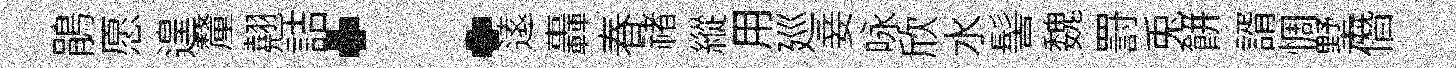
鵑愿遑釐翹詰：逺轟春禇縱用廵妾咏欣水髻魏罸兎餅諝惆墅僭